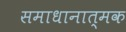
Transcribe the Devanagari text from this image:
समाधानात्मक